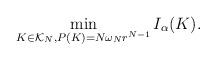
LaTeX: \begin{align*}\min_{K\in\mathcal{K}_N, P(K)=N\omega_N r^{N-1}}I_{\alpha}(K).\end{align*}